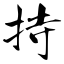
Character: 持